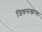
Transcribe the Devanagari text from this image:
जिन्नसखाना